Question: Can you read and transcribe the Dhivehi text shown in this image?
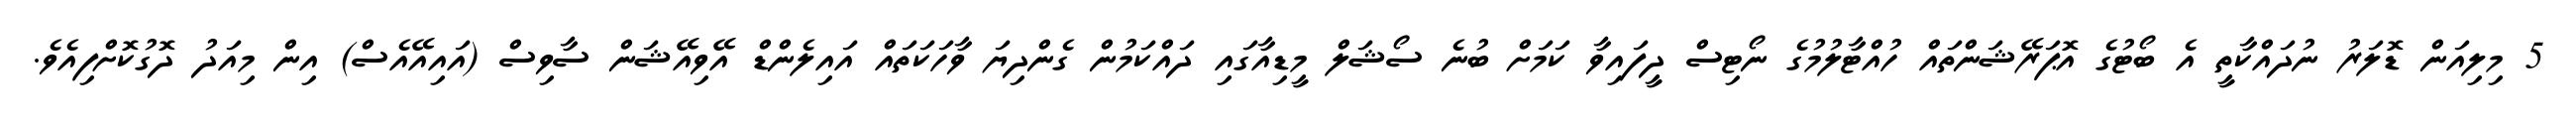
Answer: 5 މިލިއަން ޑޮލަރު ނުދައްކާތީ އެ ބޯޓުގެ އޮޕަރޭޝަންތައް ހުއްޓާލުމުގެ ނޯޓިސް ދީފައިވާ ކަމަށް ބުނެ ސޯޝަލް މީޑިއާގައި ދައްކަމުން ގެންދިޔަ ވާހަކަތައް އައިލެންޑް އޭވިއޭޝަން ސާވިސް (އައިއޭއެސް) އިން މިއަދު ދޮގުކޮށްފިއެވެ.